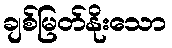
ချစ်မြတ်နိုးသော